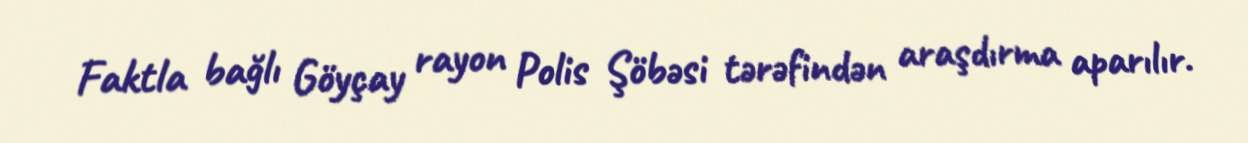
Faktla bağlı Göyçay rayon Polis Şöbəsi tərəfindən araşdırma aparılır.